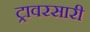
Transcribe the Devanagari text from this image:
ट्रावरसारी